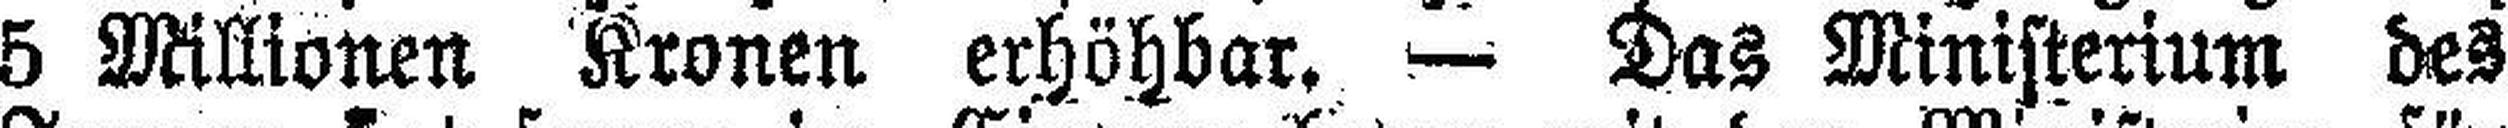
5 Millionen Kronen erhöhbar. — Das Ministerium des